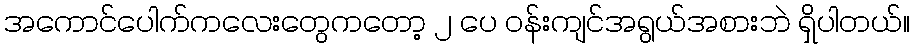
အကောင်ပေါက်ကလေးတွေကတော့ ၂ ပေ ၀န်းကျင်အရွယ်အစားဘဲ ရှိပါတယ်။